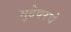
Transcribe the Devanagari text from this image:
मुठेवरचे